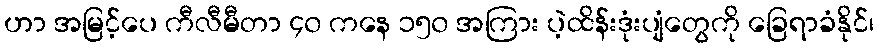
ဟာ အမြင့်ပေ ကီလီမီတာ ၄၀ ကနေ ၁၅၀ အကြား ပဲ့ထိန်းဒုံးပျံတွေကို ခြေရာခံနိုင်၊